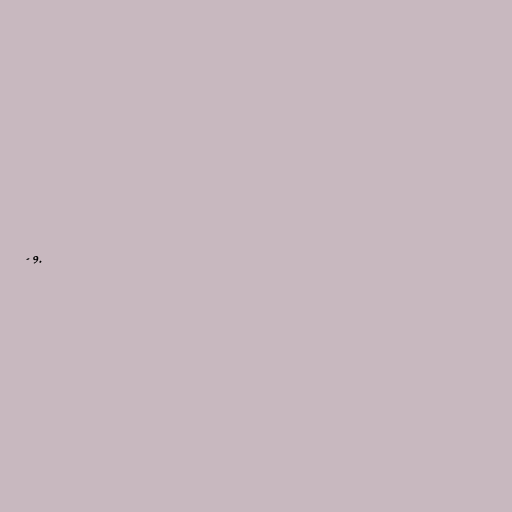
- 9.